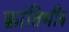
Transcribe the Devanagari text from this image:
क्रांतिभीरु